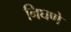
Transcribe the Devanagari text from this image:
निघणे